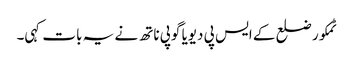
ٹمکور ضلع کے ایس پی دیویا گوپی ناتھ نے یہ بات کہی۔